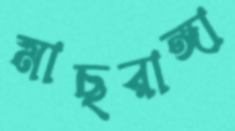
মাছরাঙ্গা